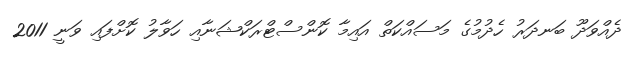
ދެއްވަދޫ ބަނދަރު ހެދުމުގެ މަސައްކަތް އައިމާ ކޮންސްޓްރަކްޝަނާއި ހަވާލު ކޮށްފައި ވަނީ 2011